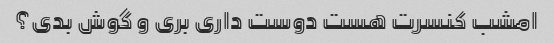
امشب کنسرت هست دوست داری بری و گوش بدی؟